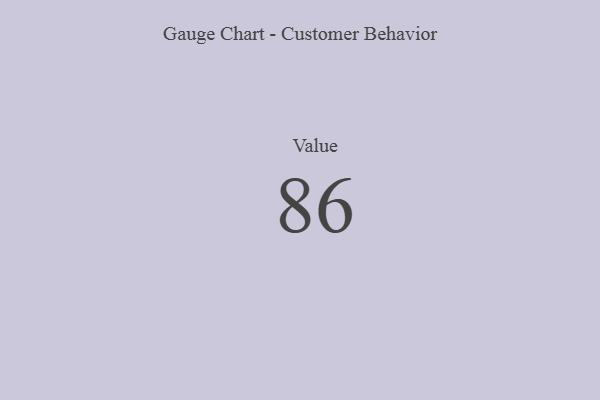
{"axis": {"x": "Metric", "y": "Value"}, "legend": [""], "data": [{"x": "Value", "y": 86, "type": ""}]}